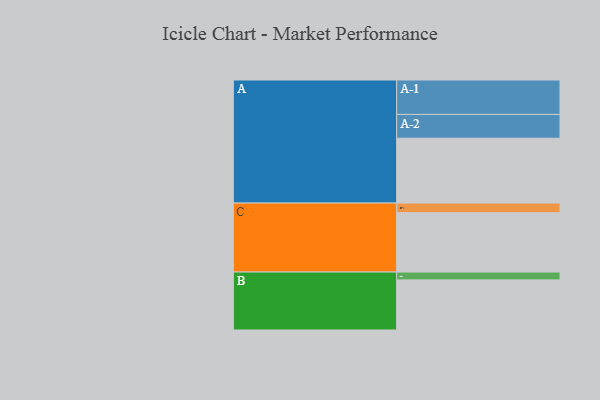
{"axis": {"x": "Segment", "y": "Value"}, "legend": ["", "A", "B", "C"], "data": [{"x": "A", "y": 488, "type": ""}, {"x": "B", "y": 377, "type": ""}, {"x": "C", "y": 447, "type": ""}, {"x": "A-1", "y": 259, "type": "A"}, {"x": "A-2", "y": 179, "type": "A"}, {"x": "B-1", "y": 59, "type": "B"}, {"x": "C-1", "y": 72, "type": "C"}]}